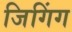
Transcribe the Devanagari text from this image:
जिगिंग